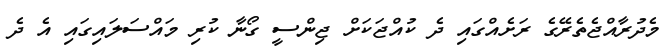
މެދުރާއްޖެތެރޭގެ ރަށެއްގައި ދެ ކުއްޖަކަށް ޖިންސީ ގޯނާ ކުރި މައްސަލަައިގައި އެ ދެ